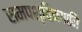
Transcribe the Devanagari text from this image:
समपश्चिमगानि